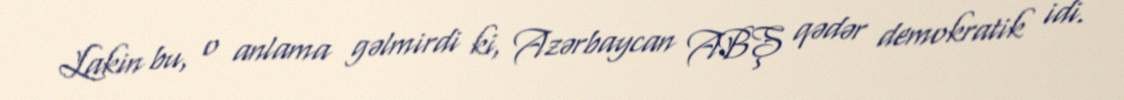
Lakin bu, o anlama gəlmirdi ki, Azərbaycan ABŞ qədər demokratik idi.